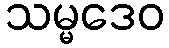
သမ္မဒေဝ